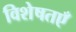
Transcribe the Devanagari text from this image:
विशेषतएँ